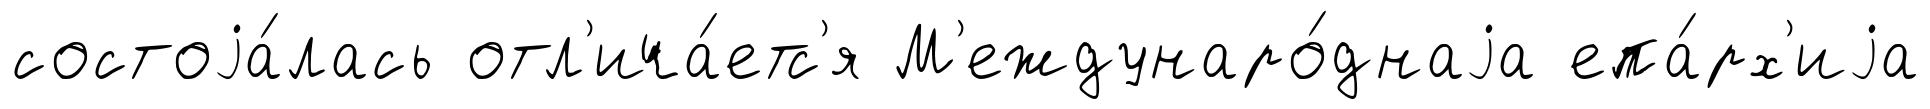
состоjа́лась отл'ича́етс'я М'еждунаро́днаjа епа́рх'иjа